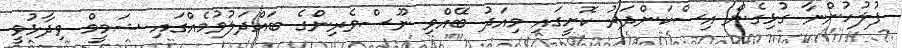
ފުލުހުންނާ ގުޅިގެން އިސްކަންދަރު ކޮށީގައި މިއަދު ބޭއްވި ނޫސްވެރިންގެ ބައްދަލުވުމެއްގައި ޝަމީމް ވިދާޅުވީ